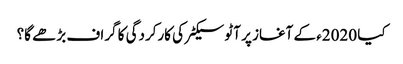
کیا 2020ء کے آغاز پر آٹو سیکٹر کی کارکردگی کا گراف بڑھے گا؟